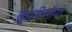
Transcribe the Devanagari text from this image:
कुरमीमौना